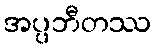
အပ္ပဘီတဿ